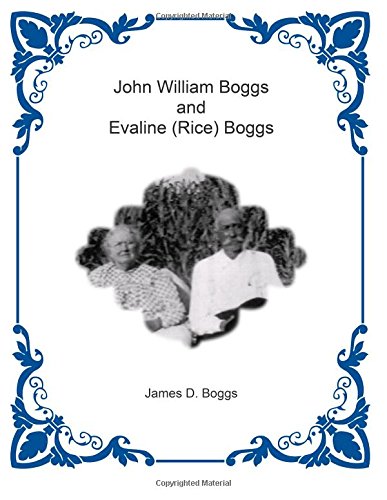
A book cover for John William Boggs and Evaline (Rice) Boggs; James D. Boggs; Parenting & Relationships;